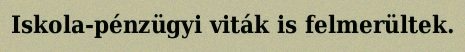
Iskola-pénzügyi viták is felmerültek.